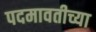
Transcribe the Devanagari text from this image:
पदमावतीच्या